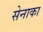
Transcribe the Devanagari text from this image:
सेनाका